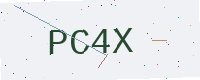
Text: PC4X